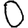
Digit: 0